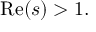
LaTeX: \operatorname { R e } ( s ) > 1 .